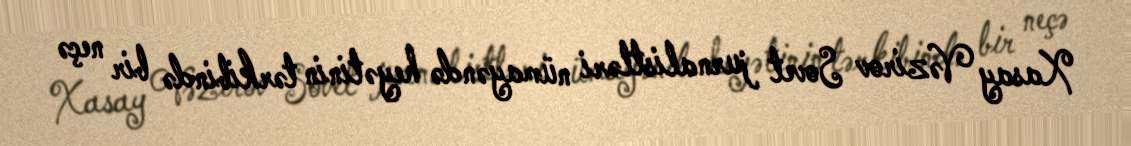
Xasay Vəzirov Sovet jurnalistləri nümayəndə heyətinin tərkibində bir neçə